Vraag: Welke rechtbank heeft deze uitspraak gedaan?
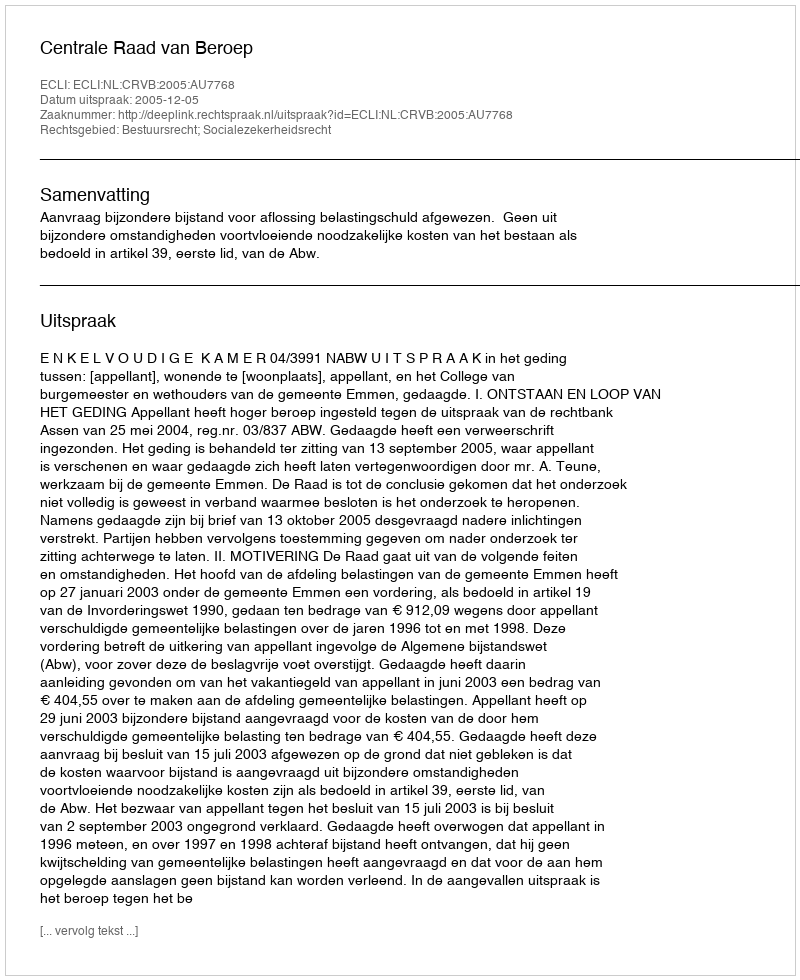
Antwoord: Centrale Raad van Beroep